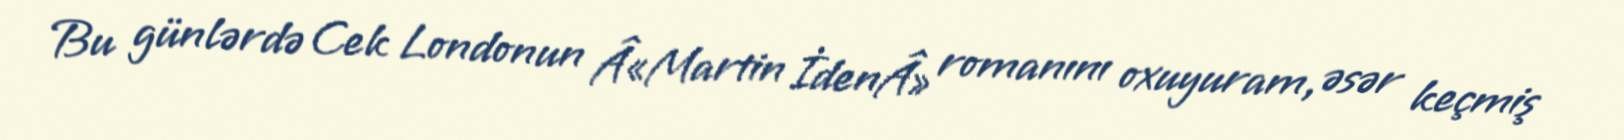
Bu günlərdə Cek Londonun Â«Martin İdenÂ» romanını oxuyuram, əsər keçmiş